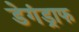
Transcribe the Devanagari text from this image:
डेगंड्राफ